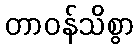
တာဝန်သိစွာ